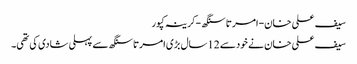
سیف علی خان-امرتا سنگھ -کرینہ کپور
سیف علی خان نے خودسے 12سال بڑی امرتاسنگھ سے پہلی شادی کی تھی۔